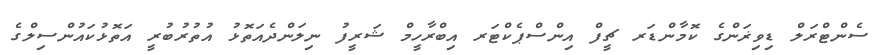
ސެންޓްރަލް ޑިވިޜަންގެ ކޮމާންޑަރ ޗީފް އިންސްޕެކްޓަރ އިބްރާހީމް ޝަރީފު ނިލަންދެއަތޮޅު އުތުރުބުރީ އަތޮޅުކައުންސިލްގެ